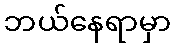
ဘယ်နေရာမှာ